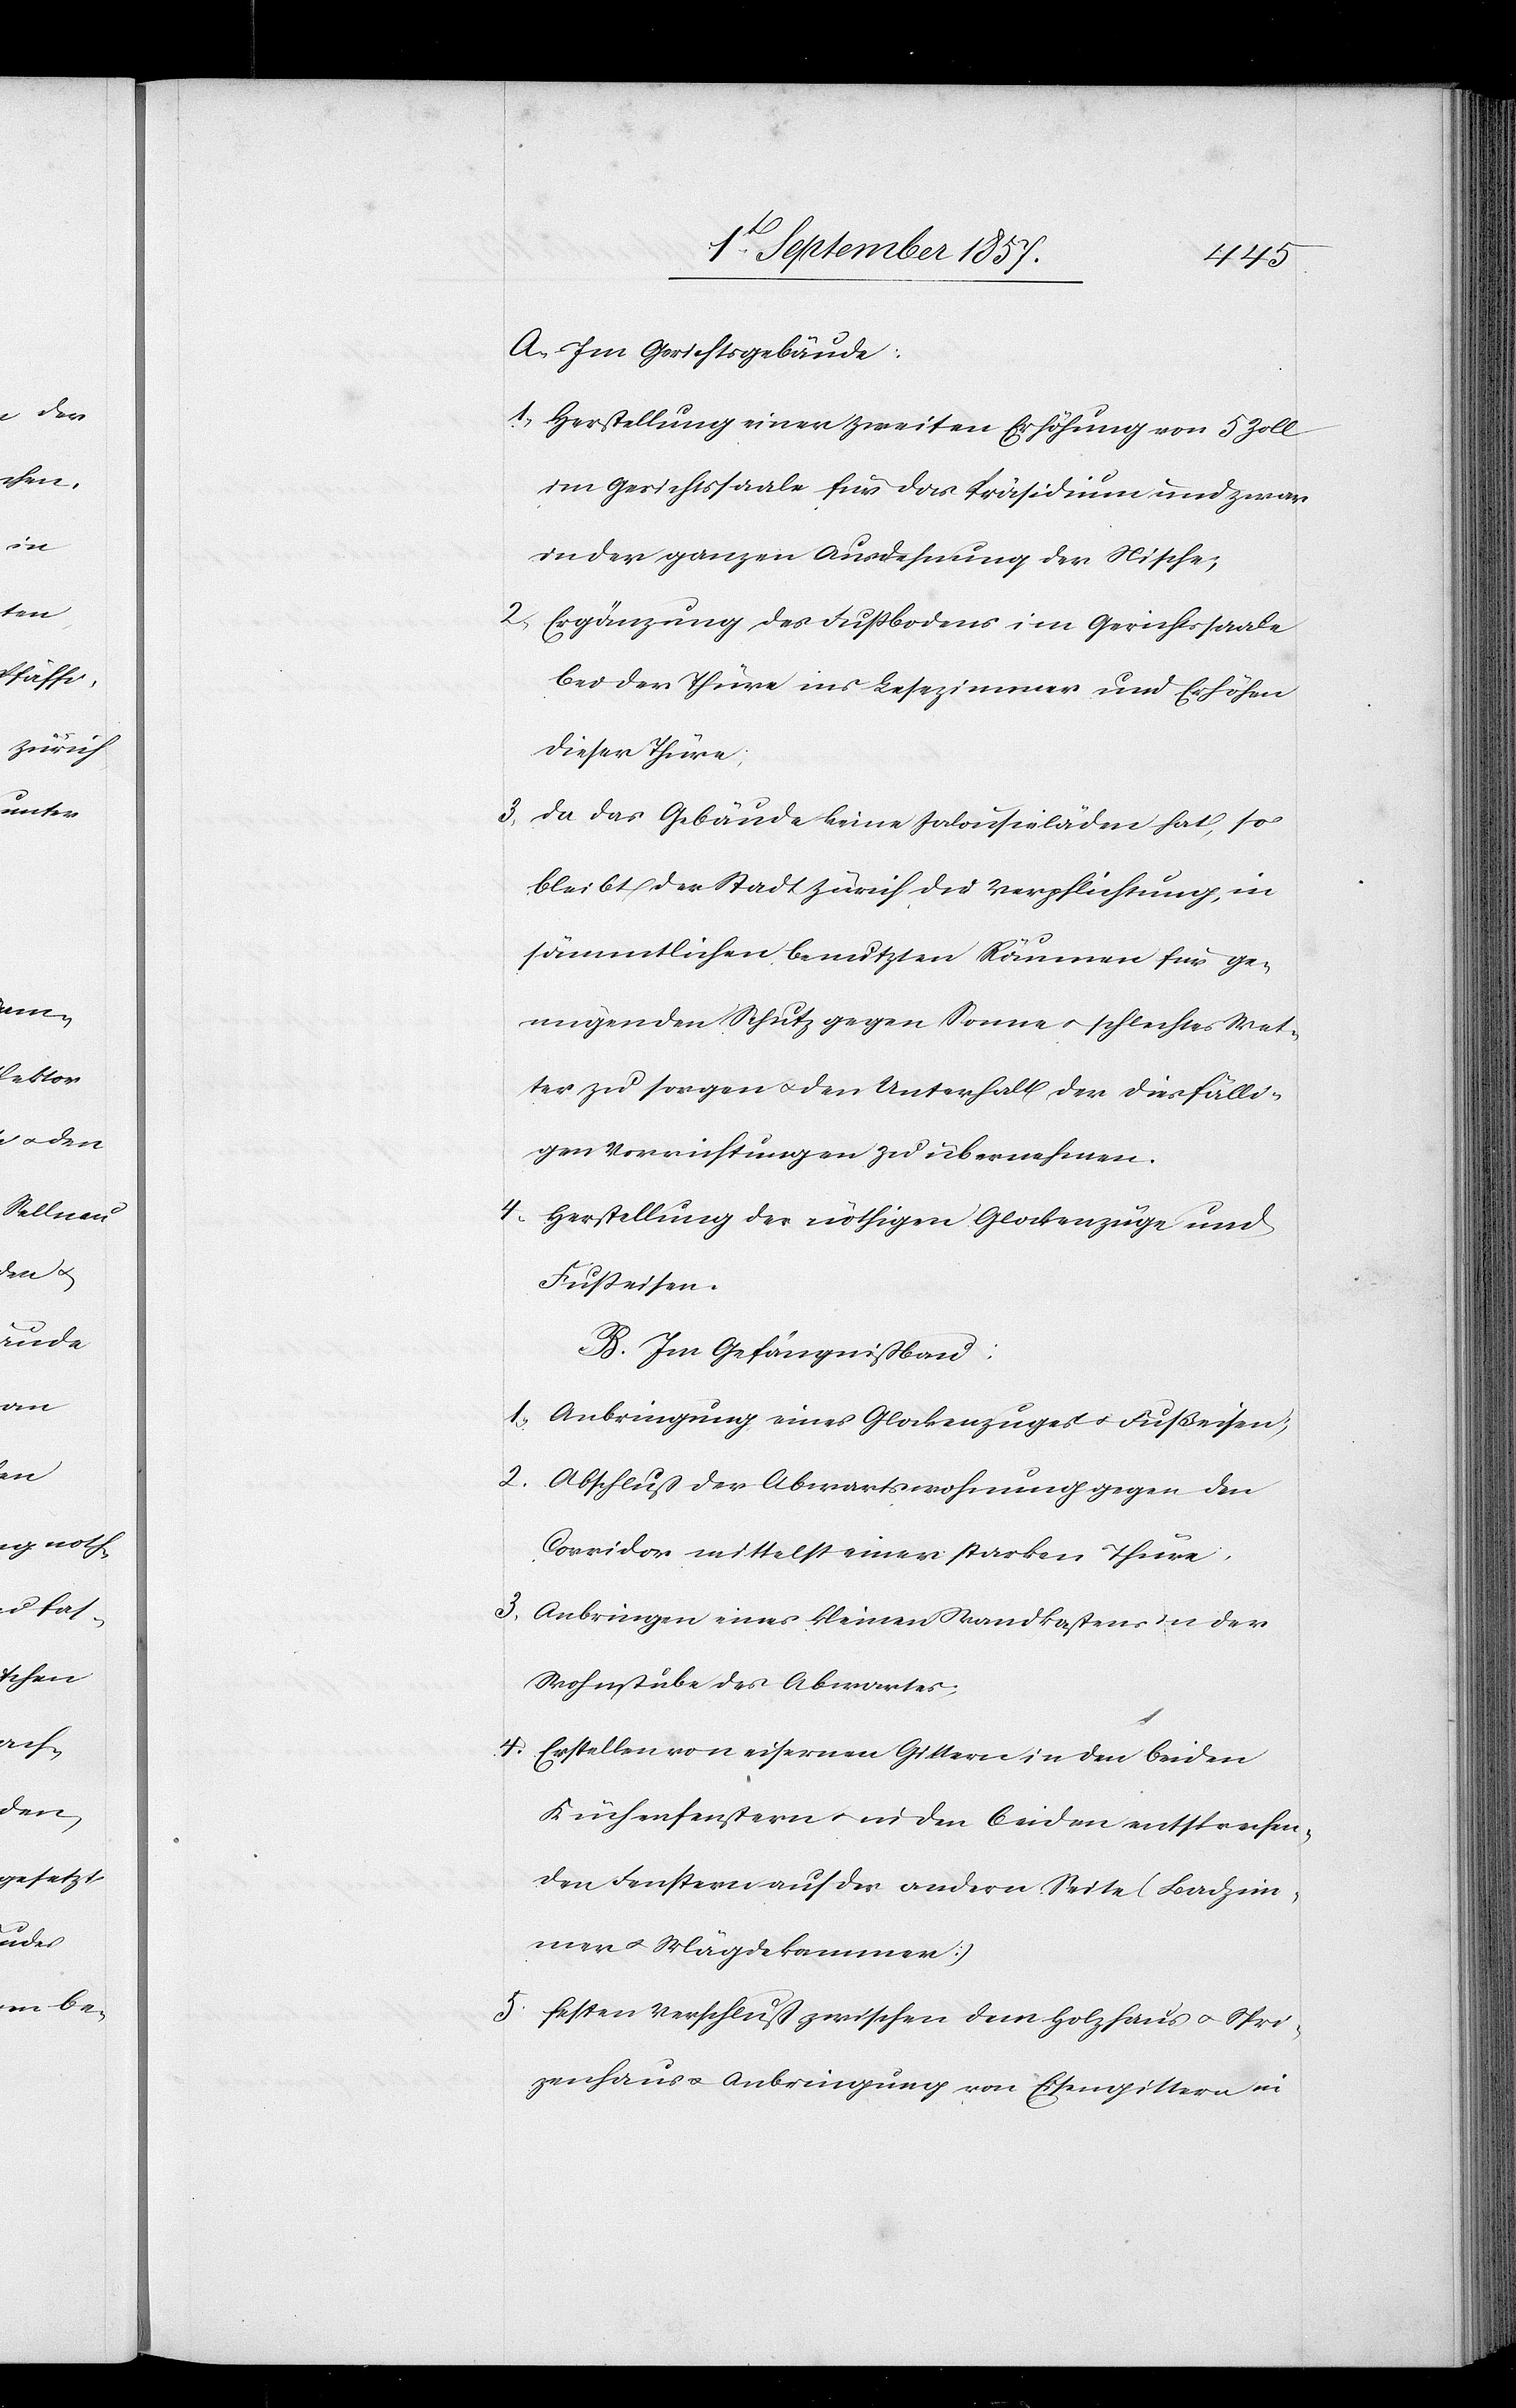
A. Im Gerichtsgebäude:
1) Herstellung einer zweiten Erhöhung von 5 Zoll
im Gerichtssaale für das Präsidium und zwar
in der ganzen Ausdehnung der Nische;
2) Ergänzung des Fußbodens im Gerichtssaale
bei der Thüre ins Lesezimmer und Erhöhen
dieser Thürme,
3) Da das Gebäude keine Jalousieläden hat, so
bleibt der Stadt Zürich die Verpflichtung, in
sämmtlichen benutzbaren Räumen für ge¬
nügenden Schutz gegen Sonne & schlechtes Wet¬
ter zu sorgen & den Unterhalt der diesfälli¬
gen Verrichtungen zu übernehmen.
4) Herstellung der nöthigen Glockenzüge und
Fußeisen.
B. Im Gefängnißbau:
1) Anbringung eines Glockenzuges & Fußeisen;
2) Abschluß der Abwartswohnungen gegen den
Corridor mittelst einer starken Thüre,
3) Anbringen eines kleinen Wandkastens in der
Wohnstube des Abwartes;
4) Erstellen von eisernen Gittern in den beiden
Küchenfenstern & in den beiden entsprechen¬
den Fenstern auf der andern Seite (Badzim¬
mer & Mägdekammern)
5) Festen Verschluß zwischen dem Holzhaus & Spri¬
tzenhaus & Anbringung von Eisengittern in